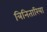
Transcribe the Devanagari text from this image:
त्रिनितारिया